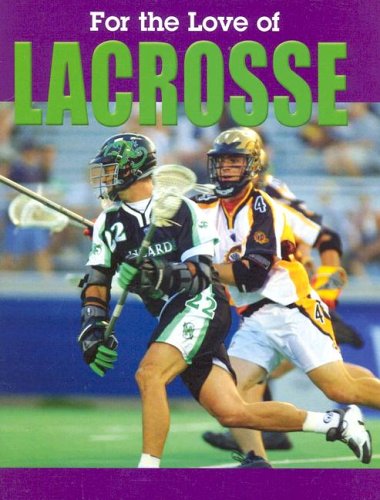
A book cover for For the Love of Lacrosse (For the Love of Sports); Don Wells; Sports & Outdoors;